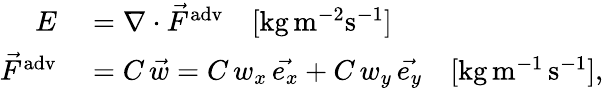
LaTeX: \begin{array}{rl}{E}&{{}=\nabla\cdot\vec{F}^{\mathrm{adv}}\quad[\mathrm{kg}\, \mathrm{m}^{-2}\mathrm{s}^{-1}]}\\ {\vec{F}^{\mathrm{adv}}}&{{}=C\, \vec{w}=C\, w_{x}\, \vec{e_{x}}+C\, w_{y}\, \vec{e_{y}}\quad[\mathrm{kg}\, \mathrm{m}^{-1}\, \mathrm{s}^{-1}],}\end{array}